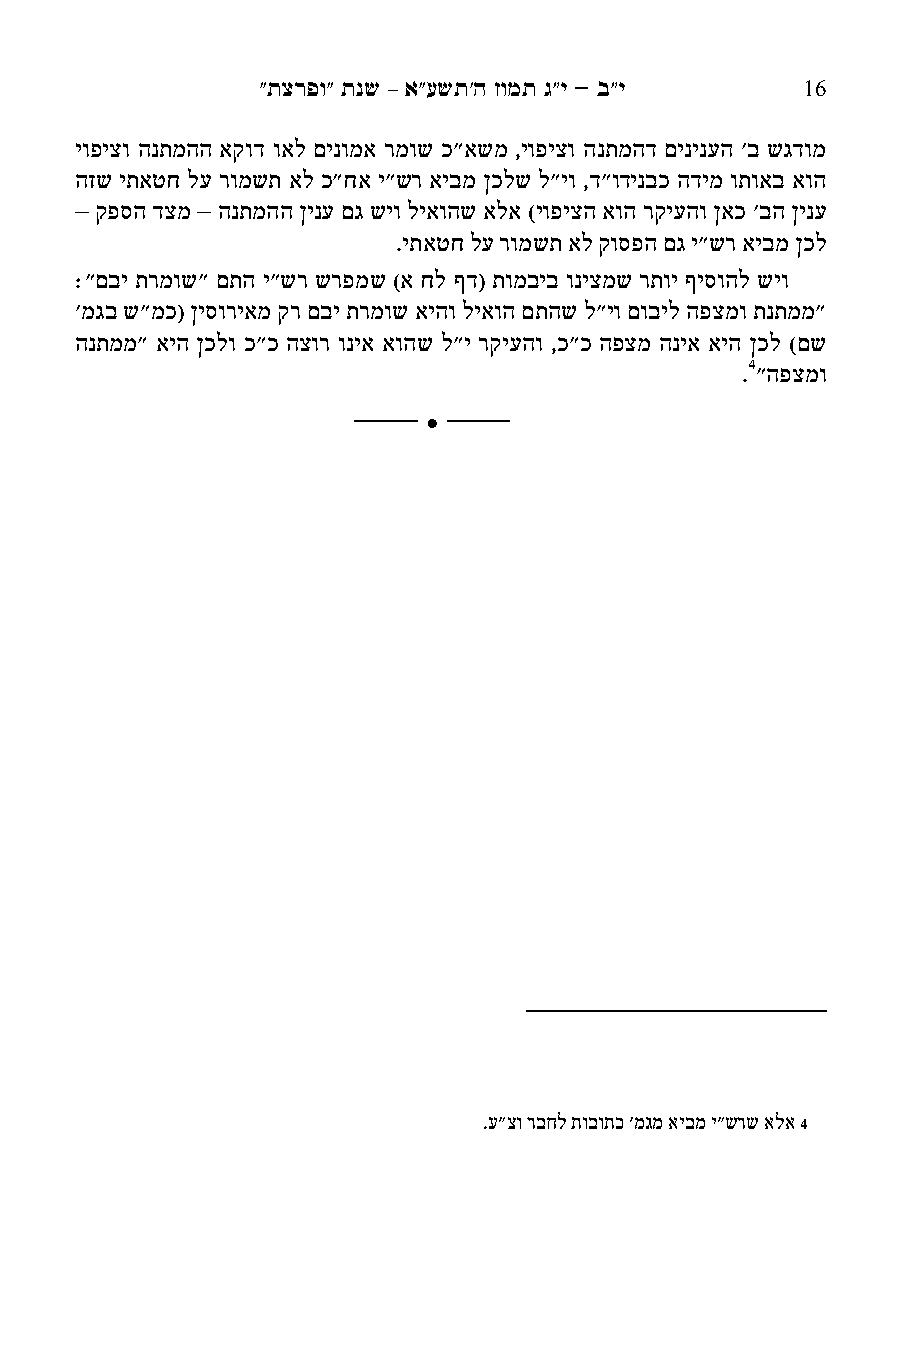
"תצרפו" תנש – א"עשת'ה זומת ג"י - ב"י 05
 יופיצו הנתמהה אקוד ואל םינומא רמוש כ"אשמ ,יופיצו הנתמהד םינינעה 'ב שגדומ
 הזש יתאטח לע רומשת אל כ"חא י"שר איבמ ןכלש ל"יו ,ד"ודינבכ הדימ ותואב אוה
 – קפסה דצמ – הנתמהה ןינע םג שיו ליאוהש אלא )יופיצה אוה רקיעהו ןאכ 'בה ןינע
 .יתאטח לע רומשת אל קוספה םג י"שר איבמ ןכל
 9"םבי תרמוש" םתה י"שר שרפמש )א חל ףד( תומביב וניצמש רתוי ףיסוהל שיו
 'מגב ש"מכ( ןיסוריאמ קר םבי תרמוש איהו ליאוה םתהש ל"יו םוביל הפצמו תנתממ"
 הנתממ" איה ןכלו כ"כ הצור וניא אוהש ל"י רקיעהו ,כ"כ הפצמ הניא איה ןכל )םש
 .4"הפצמו
 ______
 
 ______
 .ע"צו רבחל תובותכ 'מגמ איבמ י"שרש אלא 4